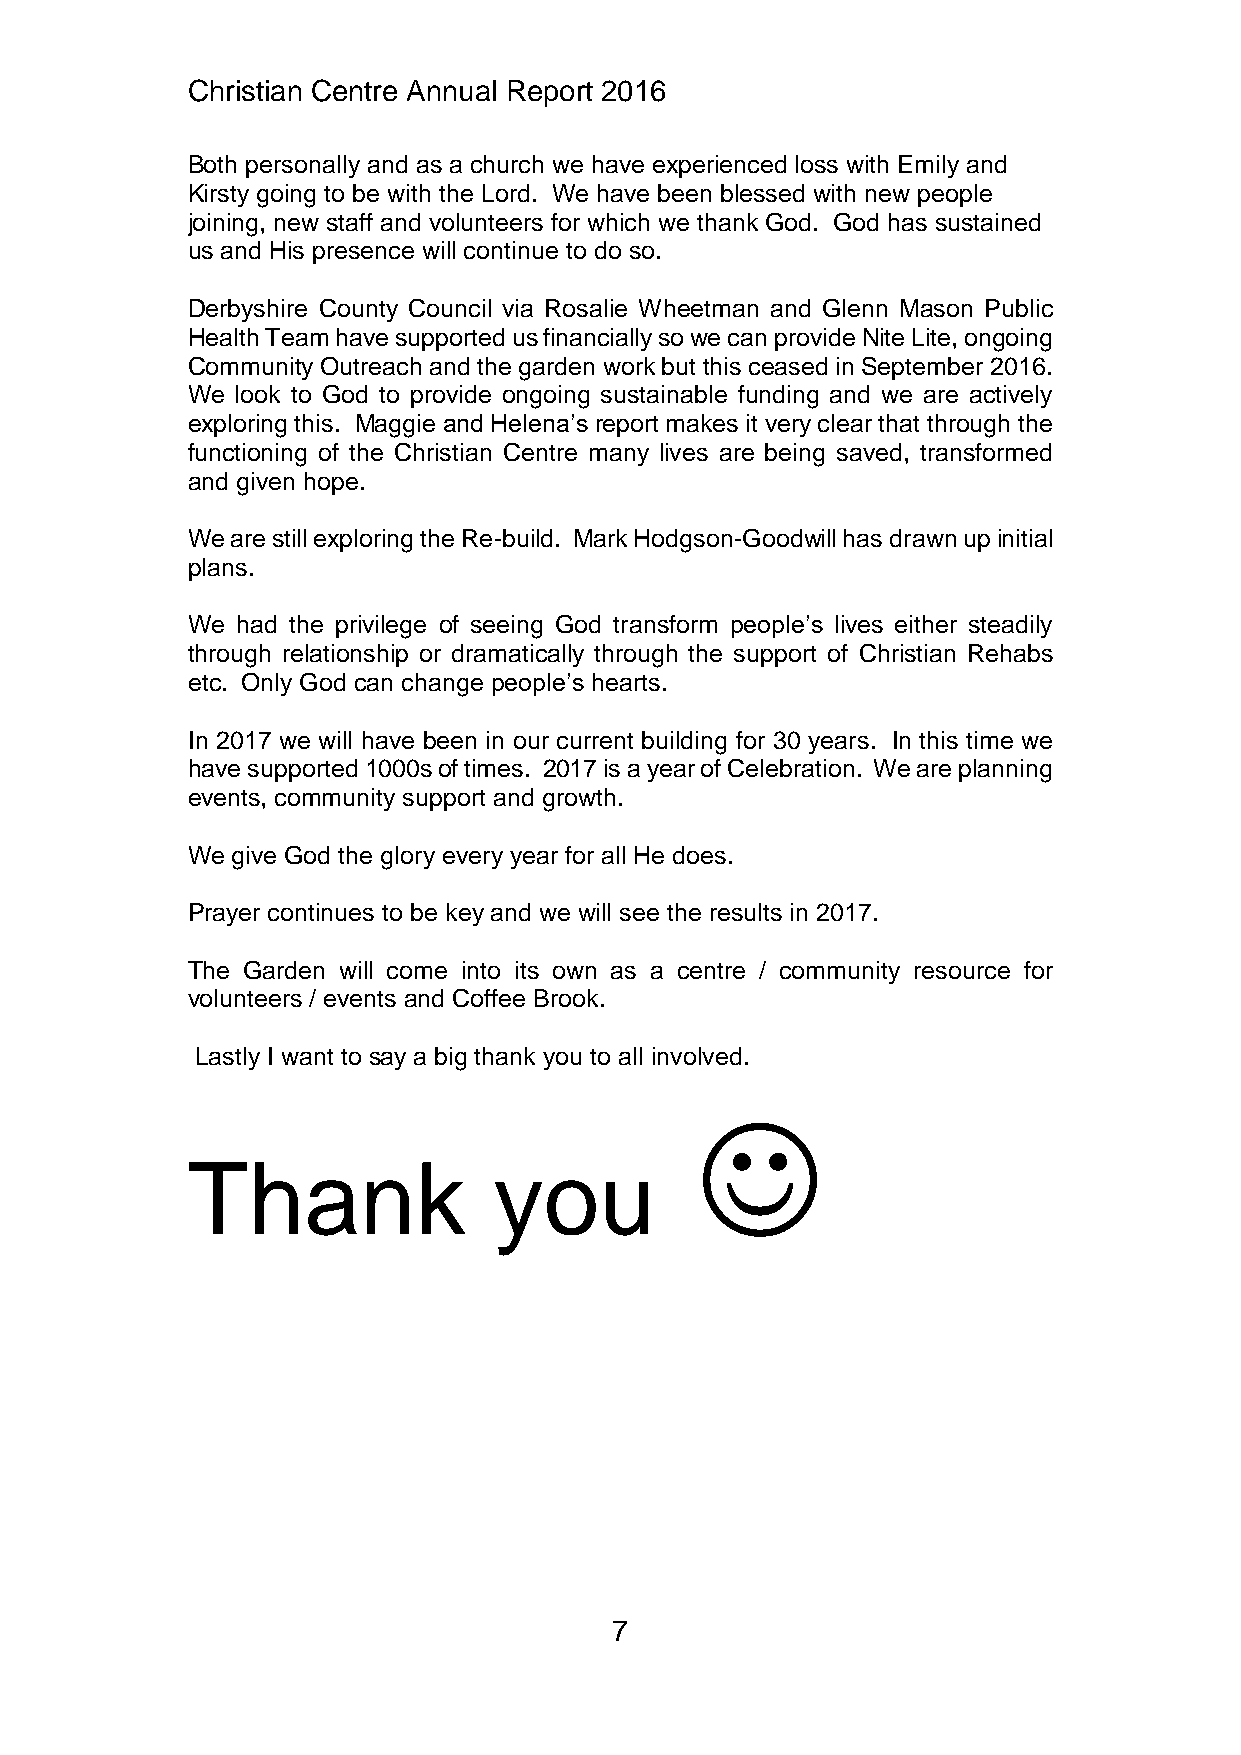
Christian Centre Annual Report 2016
 Both personally and as a church we have experienced loss with Emily and
 Kirsty going to be with the Lord. We have been blessed with new people
 joining, new staff and volunteers for which we thank God. God has sustained
 us and His presence will continue to do so.
 Derbyshire County Council via Rosalie Wheetman and Glenn Mason Public
 Health Team have supported us financially so we can provide Nite Lite, ongoing
 Community Outreach and the garden work but this ceased in September 2016.
 We  look to God to provide ongoing sustainable funding and we are actively
 exploring this. Maggie and Helena’s report makes it very clear that through the
 functioning of the Christian Centre many lives are being saved, transformed
 and given hope.
 We are still exploring the Re-build. Mark Hodgson-Goodwill has drawn up initial
 plans.
 We  had the privilege of seeing God transform people’s lives either steadily
 through relationship or dramatically through the support of Christian Rehabs
 etc. Only God can change people’s hearts.
 In 2017 we will have been in our current building for 30 years. In this time we
 have supported 1000s of times. 2017 is a year of Celebration. We are planning
 events, community support and growth.
 We give God the glory every year for all He does.
 Prayer continues to be key and we will see the results in 2017.
 The Garden will come into its own as a centre / community resource for
 volunteers / events and Coffee Brook.
 Lastly I want to say a big thank you to all involved.
 
 Thank                you
 7